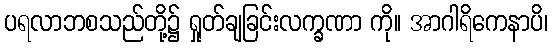
ပရလာဘစသည်တို့၌ ရှုတ်ချခြင်းလက္ခဏာ ကို။ အာဂါရိကေနာပိ၊